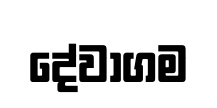
දේවාගම